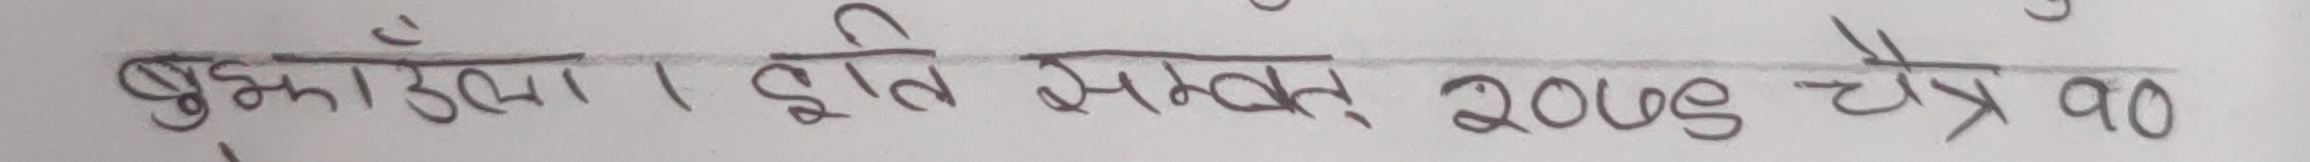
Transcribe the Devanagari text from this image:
बुझाउला । इति सम्वत् २०७९ चैत्र १०